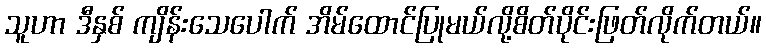
သူဟာ ဒီနှစ် ကျိန်းသေပေါက် အိမ်ထောင်ပြုမယ်လို့စိတ်ပိုင်းဖြတ်လိုက်တယ်။